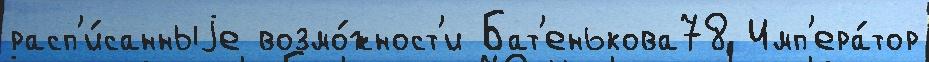
расп'и́санныjе возмо́жност'и Бат'енькова78 Имп'ера́тор